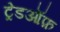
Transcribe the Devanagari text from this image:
ट्रेडऑफ़